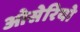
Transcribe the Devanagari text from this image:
ओसेरियो